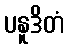
ပနူဒိတံ